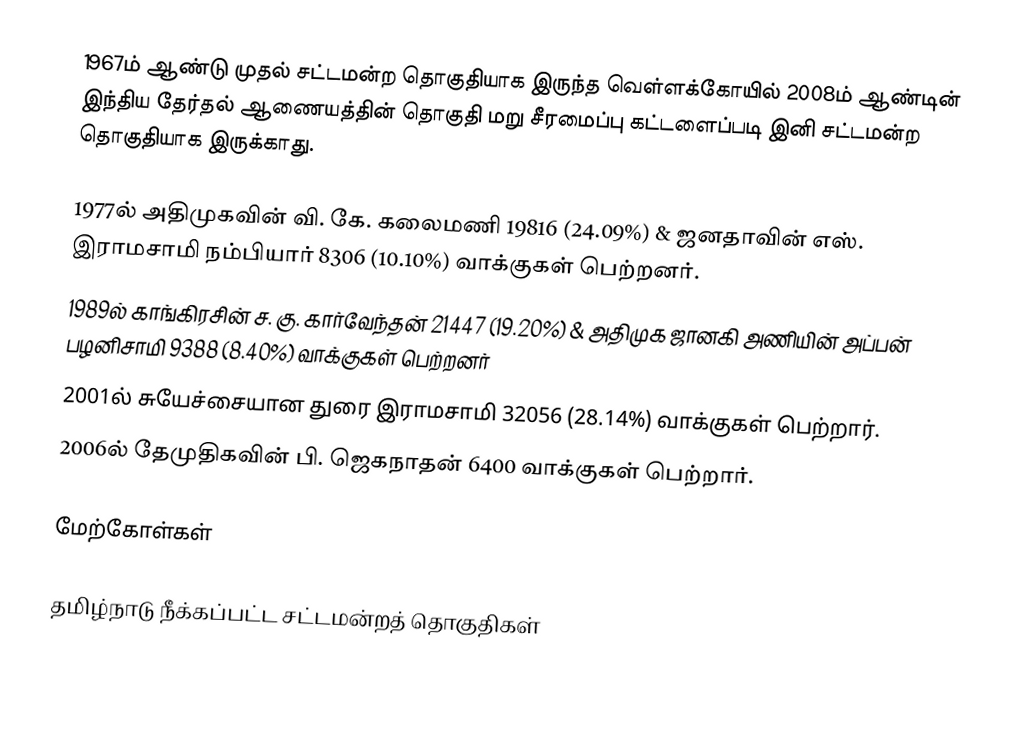
1967ம் ஆண்டு முதல் சட்டமன்ற தொகுதியாக இருந்த வெள்ளக்கோயில் 2008ம் ஆண்டின் இந்திய தேர்தல் ஆணையத்தின் தொகுதி மறு சீரமைப்பு கட்டளைப்படி இனி சட்டமன்ற தொகுதியாக இருக்காது.

1977ல் அதிமுகவின் வி. கே. கலைமணி 19816 (24.09%) & ஜனதாவின் எஸ். இராமசாமி நம்பியார் 8306 (10.10%) வாக்குகள் பெற்றனர்.
1989ல் காங்கிரசின்  ச. கு. கார்வேந்தன் 21447 (19.20%) & அதிமுக ஜானகி அணியின் அப்பன் பழனிசாமி 9388 (8.40%) வாக்குகள் பெற்றனர்
2001ல் சுயேச்சையான துரை இராமசாமி 32056 (28.14%) வாக்குகள் பெற்றார்.
2006ல் தேமுதிகவின் பி. ஜெகநாதன் 6400 வாக்குகள் பெற்றார்.

மேற்கோள்கள்

தமிழ்நாடு நீக்கப்பட்ட சட்டமன்றத் தொகுதிகள்